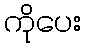
ကိုပေး